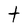
Character: t